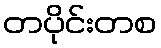
တပိုင်းတစ